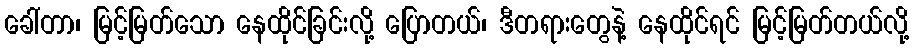
ခေါ်တာ၊ မြင့်မြတ်သော နေထိုင်ခြင်းလို့ ပြောတယ်၊ ဒီတရားတွေနဲ့ နေထိုင်ရင် မြင့်မြတ်တယ်လို့